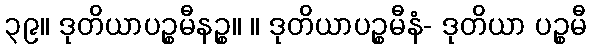
၃၉။ ဒုတိယာပဉ္စမီနဉ္စ။ ။ ဒုတိယာပဉ္စမီနံ- ဒုတိယာ ပဉ္စမီ